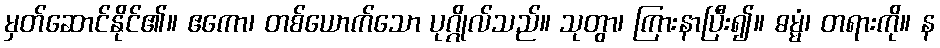
မှတ်ဆောင်နိုင်၏။ ဧကော၊ တစ်ယောက်သော ပုဂ္ဂိုလ်သည်။ သုတွာ၊ ကြားနာပြီး၍။ ဓမ္မံ၊ တရားကို။ န